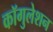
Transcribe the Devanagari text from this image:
कॉगुलेशन